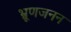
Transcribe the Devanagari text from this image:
भ्रूणजनन